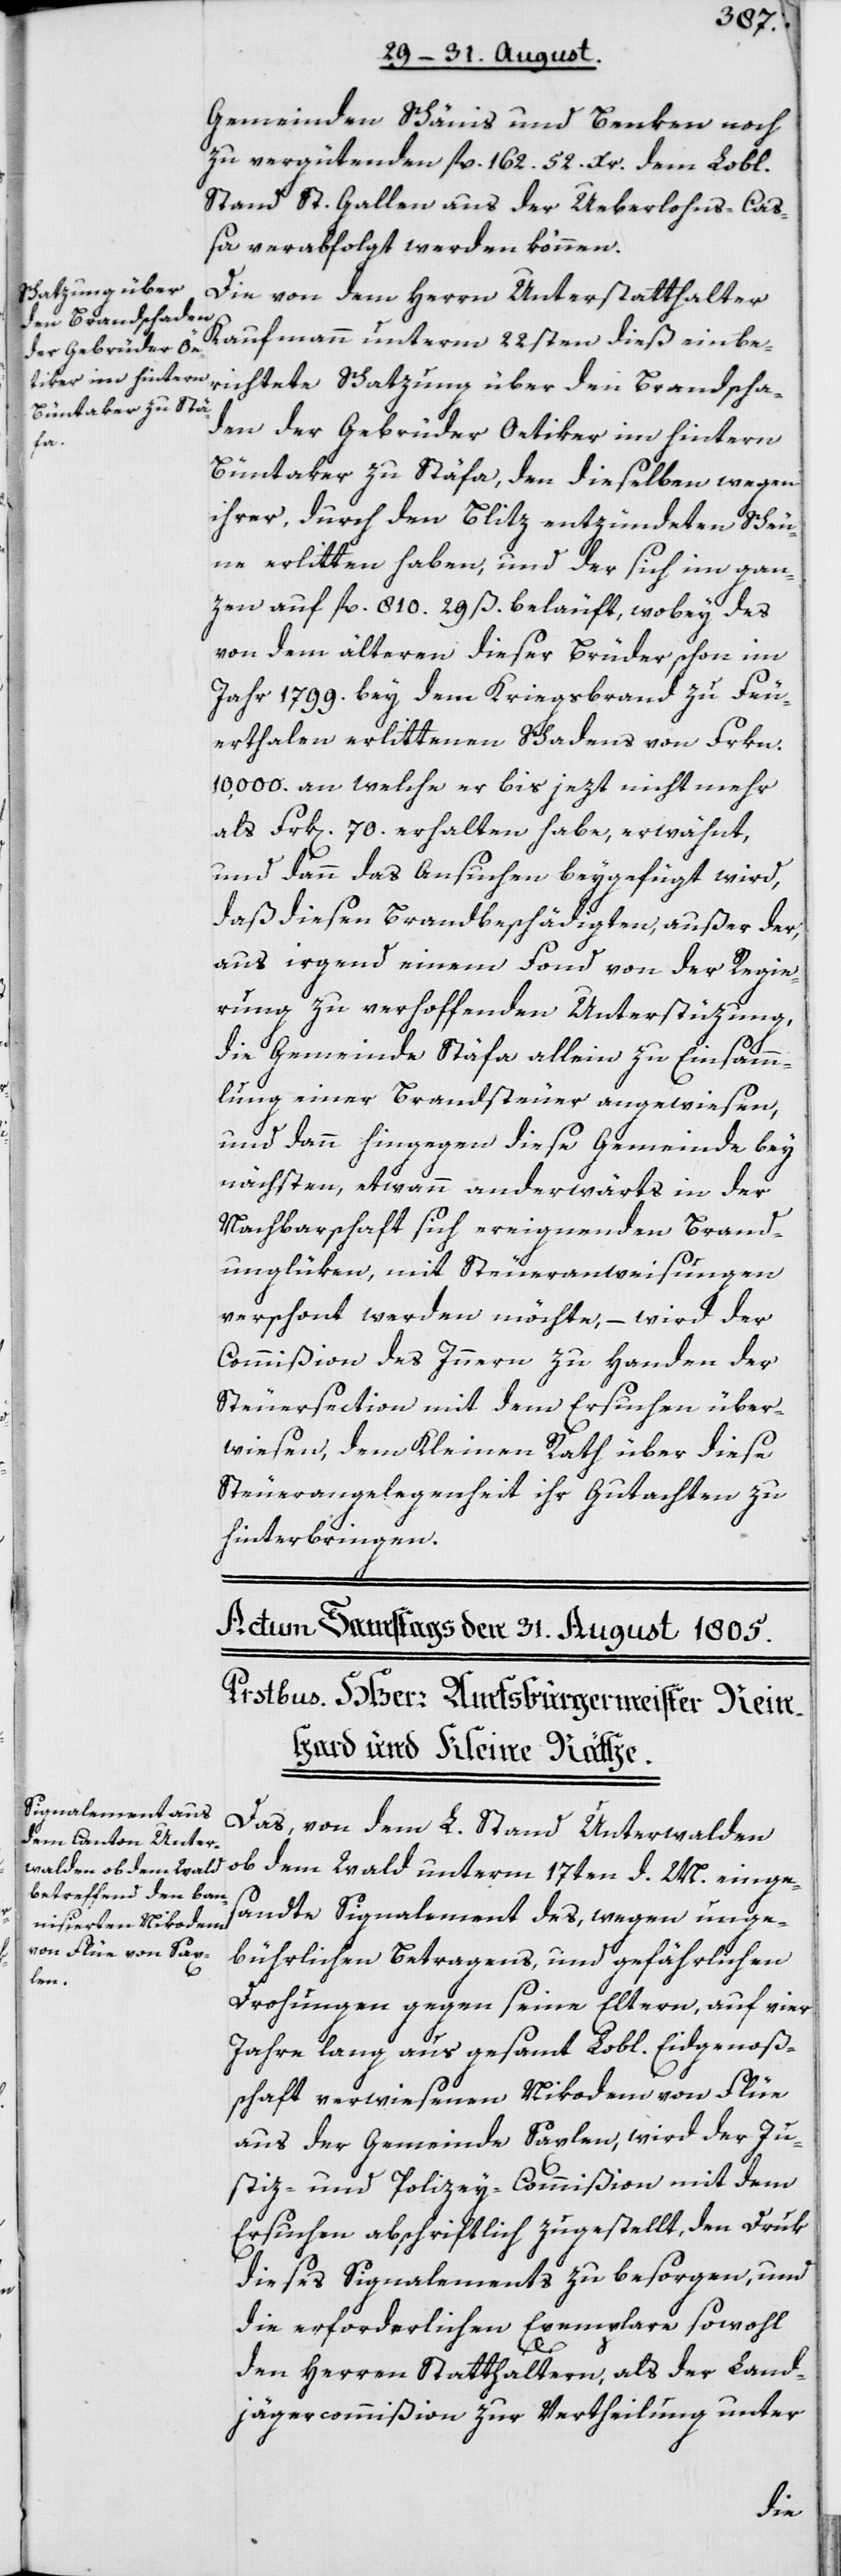
Gemeinden Schänis und Benken noch
zu vergütenden fl. 162. 52. Xr. dem Lobl.
Stand St. Gallen aus der Ueberlohns-Ca¬
ßa verabfolgt werden können.
Die von dem Herrn Unterstatthalter
Kaufmann unterm 22sten dieß einbe¬
richtete Schatzung über den Brandscha¬
den der Gebrüder Oetiker im hintern
Büntaker zu Stäfa, den dieselben wegen
ihrer, durch den Blitz entzündeten Scheu¬
ne erlitten haben, und der sich im gan¬
zen auf fl. 810. 29 ß. beläuft, wobey des
von dem älteren dieser Brüder schon im
Jahr 1799. bey dem Kriegsbrand zu Feu¬
erthalen erlittenen Schadens von Frkn.
10,000. an welche er bis jezt nicht mehr
als Frk[en]. 70. erhalten habe, erwähnt,
und dann das Ansuchen beygefügt wird,
daß diesen Brandbeschädigten, außer der,
aus irgend einem Fond von der Regie¬
rung zu verhoffenden Unterstüzung,
die Gemeinde Stäfa allein zu Einsamm¬
lung einer Brandsteuer angewiesen,
und dann hingegen diese Gemeinde bey
nächsten, etwann anderwärts in der
Nachbarschaft sich ereignenden Brand¬
unglüken, mit Steueranweisungen
verschont werden möchte, – wird der
Commißion des Innern zu Handen der
Steuersection mit dem Ersuchen über¬
wiesen, dem Kleinen Rath über diese
Steuerangelegenheit ihr Gutachten zu
hinterbringen.
Das, von dem L. Stand Unterwalden
ob dem Wald unterm 17ten d. M. einge¬
sandte Signalement des, wegen unge¬
bührlichen Betragens, und gefährlichen
Drohungen gegen seine Eltern, auf vier
Jahre lang aus gesamt Lobl. Eidgenoß¬
schaft verwiesenen Nikodem von Flüe
aus der Gemeinde Saxlen, wird der Ju¬
stiz- und Polizey-Commißion mit dem
Ersuchen abschriftlich zugestellt, den Druk
dieses Signalements zu besorgen, und
die erforderlichen Exemplare sowohl
den Herren Statthaltern, als der Land¬
jägercommißion zur Vertheilung unter